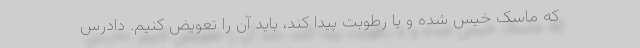
که ماسک خیس شده و یا رطوبت پیدا کند، باید آن را تعویض کنیم. دادرس